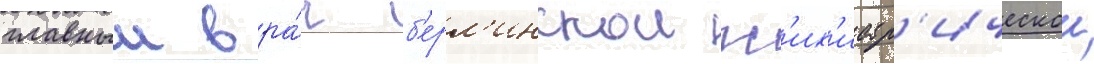
главныи вра́ч б'ерл'инскои пс'их'иатр'ическои